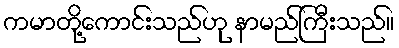
ကမာတို့ကောင်းသည်ဟု နာမည်ကြီးသည်။